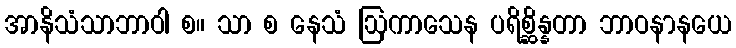
အာနိသံသာဘာဝါ စ။ သာ စ နေသံ ဩကာသေန ပရိစ္ဆိန္နတာ ဘာဝနာနယေ